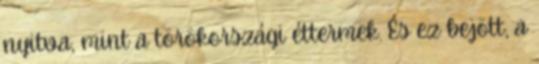
nyitva, mint a törökországi éttermek. És ez bejött, a